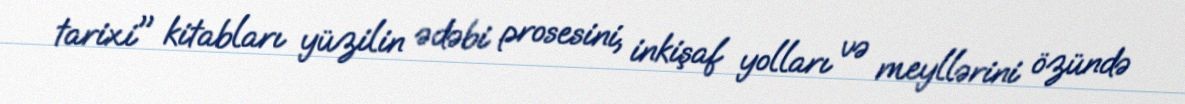
tarixi" kitabları yüzilin ədəbi prosesini, inkişaf yolları və meyllərini özündə